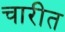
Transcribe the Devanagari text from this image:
चारीत